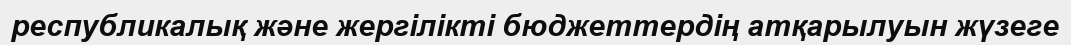
республикалық және жергілікті бюджеттердің атқарылуын жүзеге